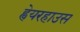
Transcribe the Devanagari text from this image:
ह्वेयरहाउस